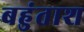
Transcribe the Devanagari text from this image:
बहुंताश